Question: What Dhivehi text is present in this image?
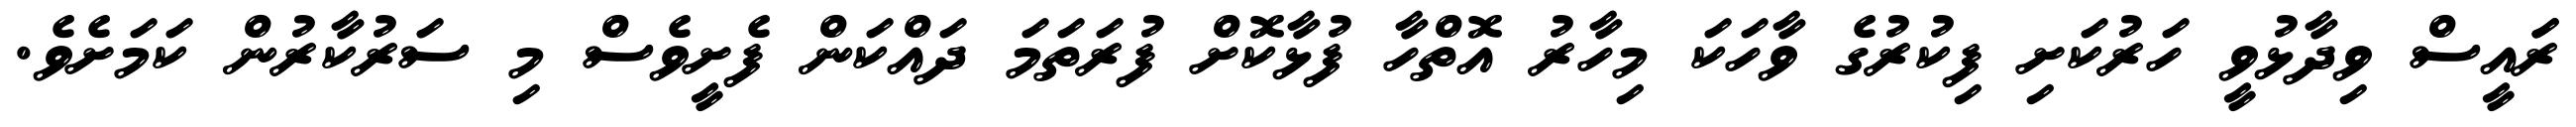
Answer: ރަައީސް ވިދާޅުވީ ހަރުކަށި ފިކުރުގެ ވާހަކަ މިހާރު އޮތްހާ ފުޅާކޮށް ފުރަތަމަ ދައްކަން ފެށީވެސް މި ސަރުކާރުން ކަމަށެވެ.